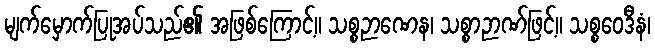
မျက်မှောက်ပြုအပ်သည်၏ အဖြစ်ကြောင့်။ သစ္စဉာဏေန၊ သစ္စာဉာဏ်ဖြင့်။ သစ္စဝေဒီနံ၊